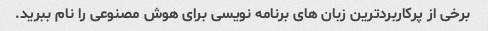
برخی از پرکاربردترین زبان های برنامه نویسی برای هوش مصنوعی را نام ببرید.